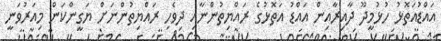
އައްޑުއަތޮޅު ހުޅުމީދޫ ދާއިރާއިން އައްޑު އަތޮޅުގެ ރައްޔިތުންނާއި ދިވެހި ރައްޔިތުންނަށް ޔަގީންކަން މިއަރުވަނީ